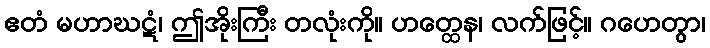
ဧတံ မဟာဃဋံ၊ ဤအိုးကြီး တလုံးကို။ ဟတ္ထေန၊ လက်ဖြင့်။ ဂဟေတွာ၊